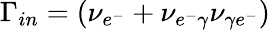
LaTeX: \Gamma_{in}=(\nu_{e^{-}}+\nu_{e^{-}\gamma}\nu_{\gamma e^{-}})